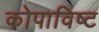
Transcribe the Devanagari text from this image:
कोपाविष्ट